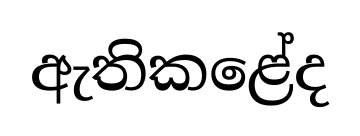
ඇතිකළේද